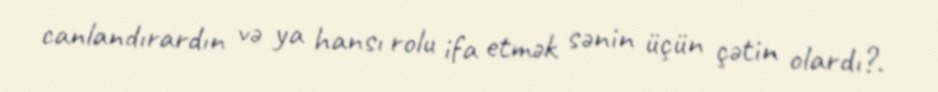
canlandırardın və ya hansı rolu ifa etmək sənin üçün çətin olardı?.